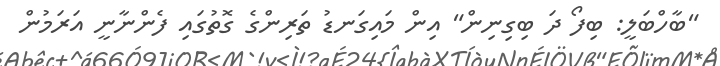
"ބާހްބަލީ: ބިފޯ ދަ ބިގިނިން" އިން މައިގަނޑު ތަރިންގެ ގޮތުގައި ފެންނާނީ އަރަމުން